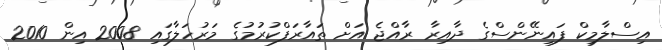
އިސްލާމިކް ފައިނޭންސްގެ ދާއިރާ ރާއްޖެ އަށް ތައާރަފްކުރުމުގެ މަރުހަލާގައި 2008 އިން 2010